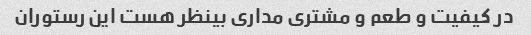
در کیفیت و طعم و مشتری مداری بینظر هست این رستوران